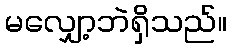
မလျှော့ဘဲရှိသည်။